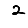
Digit: 2